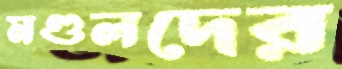
মণ্ডলদের